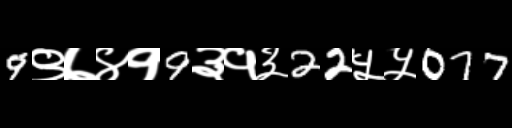
Text: 9९७४१9३१३22५५077